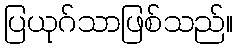
ပြယုဂ်သာဖြစ်သည်။